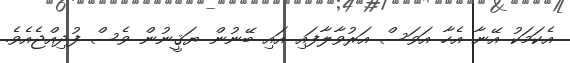
އެކަމަކު އޭނާ އެހާ އަވަސް އަރުވާލާފައި އައި ބޭނުން ޔަޤީނުން ވެސް ފުދިއްޖެއެވެ.